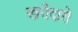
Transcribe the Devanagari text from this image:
खरीदारो